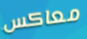
معاكس